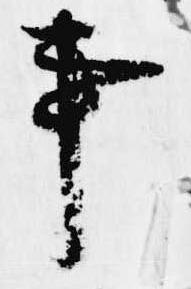
事